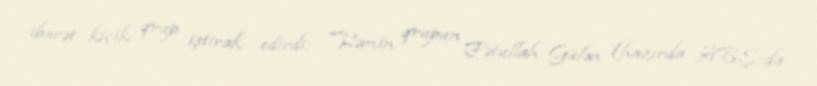
ibarət kiçik qrup iştirak edirdi: "Həmin qrupun Fətullah Gülən (hazırda ABŞ-da